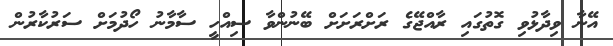
އޭނާ ވިދާޅުވި ގޮތުގައި ރާއްޖޭގެ ރަށްރަށަށް ބޭނުންވާ ސިއްހީ ސާމާނު ހޯދުމަށް ސަރުކާރުން